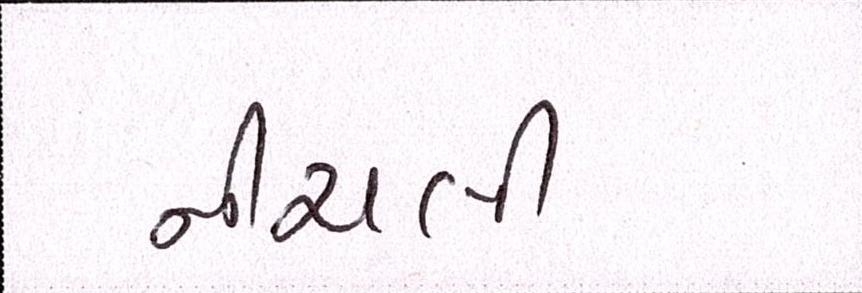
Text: નીચલી